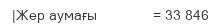
|Жер аумағы              = 33 846